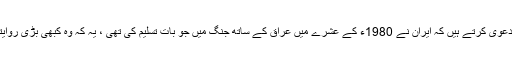
ویڈیو میں سیٹھ جی جونز یہ دعویٰ کرتے ہیں کہ ایران نے 1980ء کے عشرے میں عراق کے ساتھ جنگ میں جو بات تسلیم کی تھی ، یہ کہ وہ کبھی بڑی روایتی فوجی طاقت نہیں بن سکتا۔